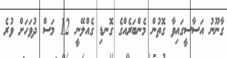
ގާނޫނު އަސާސީގައިވާ ގޮތުން މެންބަރެއްގެ ގޮނޑި ގެއްލޭނީ 12 މަސް ދުވަހަށް ވުރެ